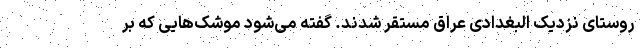
روستای نزدیک البغدادی عراق مستقر شدند. گفته می‌شود موشک‌هایی که بر